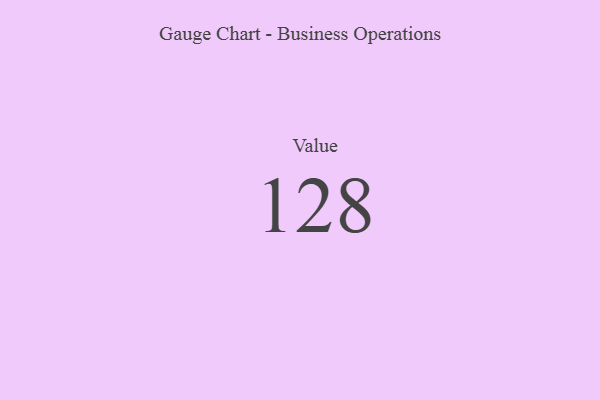
{"axis": {"x": "Metric", "y": "Value"}, "legend": [""], "data": [{"x": "Value", "y": 128, "type": ""}]}